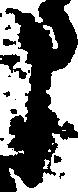
申